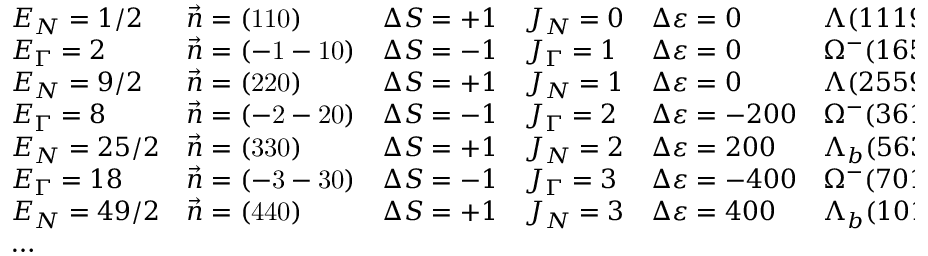
\begin{array} { l l l l l l } { { E _ { N } = 1 / 2 } } & { { \vec { n } = ( \mathrm { 1 1 0 } ) } } & { { \Delta S = + 1 } } & { { J _ { N } = 0 } } & { { \Delta \varepsilon = 0 } } & { { \Lambda ( 1 1 1 9 ) } } \\ { { E _ { \Gamma } = 2 } } & { { \vec { n } = ( \mathrm { - 1 - 1 0 } ) } } & { { \Delta S = - 1 } } & { { J _ { \Gamma } = 1 } } & { { \Delta \varepsilon = 0 } } & { { \Omega ^ { - } ( 1 6 5 9 ) } } \\ { { E _ { N } = 9 / 2 } } & { { \vec { n } = ( \mathrm { 2 2 0 } ) } } & { { \Delta S = + 1 } } & { { J _ { N } = 1 } } & { { \Delta \varepsilon = 0 } } & { { \Lambda ( 2 5 5 9 ) } } \\ { { E _ { \Gamma } = 8 } } & { { \vec { n } = ( \mathrm { - 2 - 2 0 } ) } } & { { \Delta S = - 1 } } & { { J _ { \Gamma } = 2 } } & { { \Delta \varepsilon = - 2 0 0 } } & { { \Omega ^ { - } ( 3 6 1 9 ) } } \\ { { E _ { N } = 2 5 / 2 } } & { { \vec { n } = ( \mathrm { 3 3 0 } ) } } & { { \Delta S = + 1 } } & { { J _ { N } = 2 } } & { { \Delta \varepsilon = 2 0 0 } } & { { \Lambda _ { b } ( 5 6 3 9 ) } } \\ { { E _ { \Gamma } = 1 8 } } & { { \vec { n } = ( \mathrm { - 3 - 3 0 } ) } } & { { \Delta S = - 1 } } & { { J _ { \Gamma } = 3 } } & { { \Delta \varepsilon = - 4 0 0 } } & { { \Omega ^ { - } ( 7 0 1 9 ) } } \\ { { E _ { N } = 4 9 / 2 } } & { { \vec { n } = ( \mathrm { 4 4 0 } ) } } & { { \Delta S = + 1 } } & { { J _ { N } = 3 } } & { { \Delta \varepsilon = 4 0 0 } } & { { \Lambda _ { b } ( 1 0 1 5 9 ) } } \\ { { \ldots } } & { { } } & { { } } & { { } } & { { } } & { { } } \end{array}